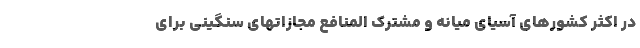
در اکثر کشورهای آسیای میانه و مشترک المنافع مجازاتهای سنگینی برای